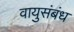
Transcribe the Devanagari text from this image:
वायुसंबंध